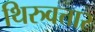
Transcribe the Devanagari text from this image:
थिरुवत्तार